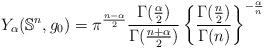
LaTeX: \begin{align*}Y_\alpha(\mathbb{S}^n, g_0) =\pi^{\frac{n-\alpha}2}\frac{\Gamma(\frac\alpha 2)}{\Gamma(\frac{n+\alpha}2)} \left\{\frac{\Gamma(\frac n2)}{\Gamma(n)}\right\}^{-\frac\alpha n}\end{align*}